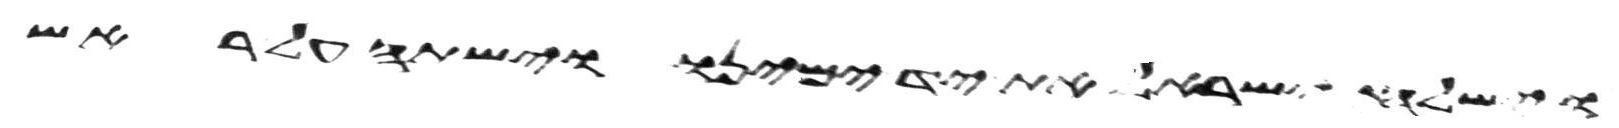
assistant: וישלח ישראל את יד ימינו וישתה על ראש